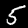
Label: 5